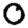
Digit: 0